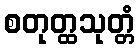
စတုတ္ထသုတ္တံ